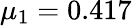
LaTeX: \mu_{1}=0.417